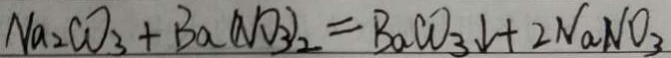
N a _ { 2 } C O _ { 3 } + B a ( N O _ { 3 } ) = B a C O _ { 3 } \downarrow + 2 N a N O _ { 3 }